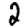
Digit: 2